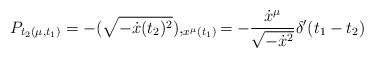
LaTeX: \begin{align*}P_{t_2(\mu,t_1)} = - (\sqrt {- \dot{x}(t_2)^2}),_{x^{\mu}(t_1)} = - {{\dot{x}^{\mu}} \over{\sqrt{-\dot{x}^2}}} \delta'(t_1-t_2)\end{align*}